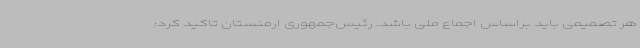
هر تصمیمی باید براساس اجماع ملی باشد. رئیس‌جمهوری ارمنستان تاکید کرد: